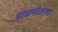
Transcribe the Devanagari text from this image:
बांधणीतला